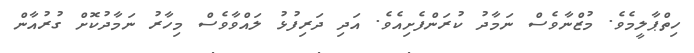
ހިތްޕާލީމެވެ. މުޒްނާވެސް ނަމާދު ކުރަންފެށިއެވެ. އަދި ދަރިފުޅު ލައްވާވެސް މިހާރު ނަމާދުކޮށް ގުރުއާން